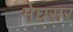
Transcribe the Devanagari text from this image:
मेघसर